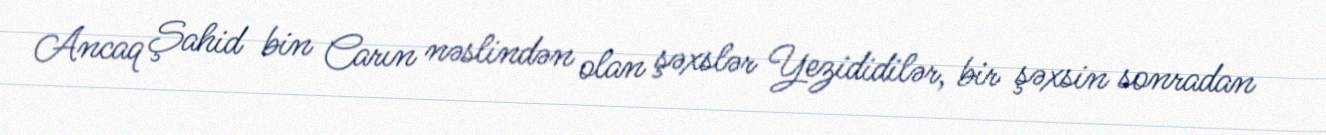
Ancaq Şahid bin Carın nəslindən olan şəxslər Yezididilər, bir şəxsin sonradan